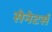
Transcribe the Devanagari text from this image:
सेनेटर्स